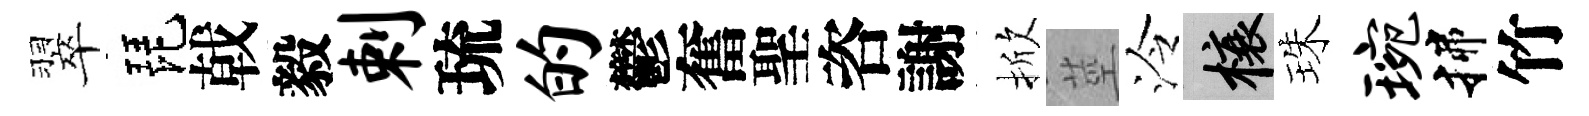
翠琵戟毅剌琉的鬱奮聖咨謝掀莖泠榱珠琬揲竹